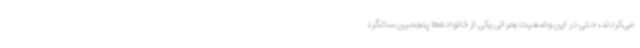
می‌کردند، حتی در این وضعیت بحرانی یکی از خانواده‌ها پنجمین سالگرد